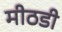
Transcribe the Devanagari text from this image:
मीठडी